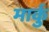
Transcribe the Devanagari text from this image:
मार्कु